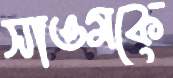
সাওমকে